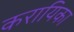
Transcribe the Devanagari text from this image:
करायिका